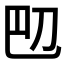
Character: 𫥴